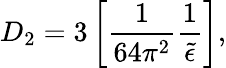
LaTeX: D_{2}=3\left[\frac{1}{64\pi^{2}}\frac{1}{\widetilde\epsilon}\right],